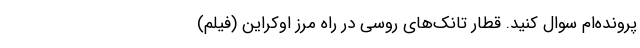
پرونده‌ام سوال کنید. قطار تانک‌های روسی در راه مرز اوکراین (فیلم)